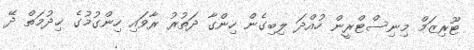
ޓޫރިޒަމް މިނިސްޓްރީން ހުއްދަ ލިބިގެން ހިންގާ ދަތުރު ރާވައި ހިންގުމުގެ ޚިދުމަތް ދޭ